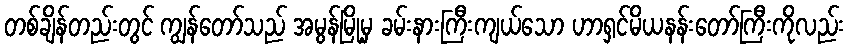
တစ်ချိန်တည်းတွင် ကျွန်တော်သည် အမွန်မြို့မှ ခမ်းနားကြီးကျယ်သော ဟာရှင်မိယနန်းတော်ကြီးကိုလည်း